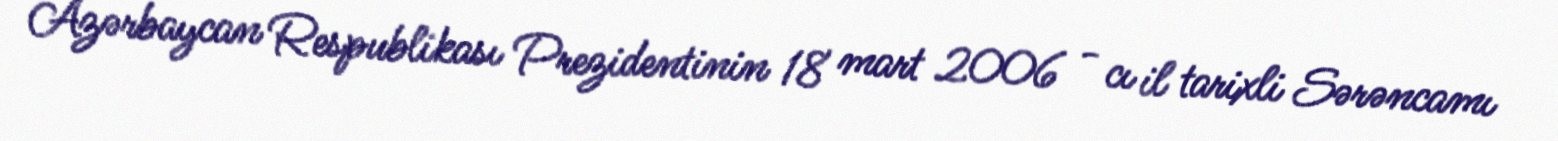
Azərbaycan Respublikası Prezidentinin 18 mart 2006 - cı il tarixli Sərəncamı